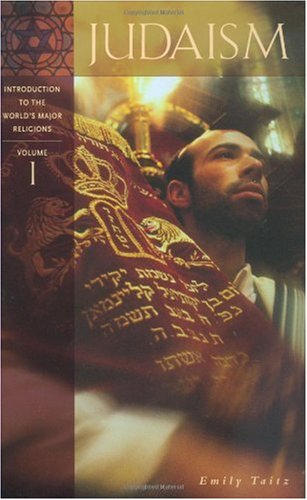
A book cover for Judaism: Introduction to the World's Major Religions; Emily Taitz; Teen & Young Adult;